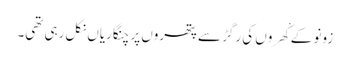
زونو کے کْھروں کی رگڑ سے پتھروں پر چنگاریاں نکل رہی تھی۔